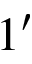
1 ^ { \prime }